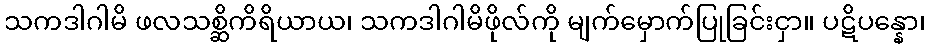
သကဒါဂါမိ ဖလသစ္ဆိကိရိယာယ၊ သကဒါဂါမိဖိုလ်ကို မျက်မှောက်ပြုခြင်းငှာ။ ပဋိပန္နော၊